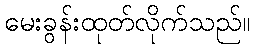
မေးခွန်းထုတ်လိုက်သည်။